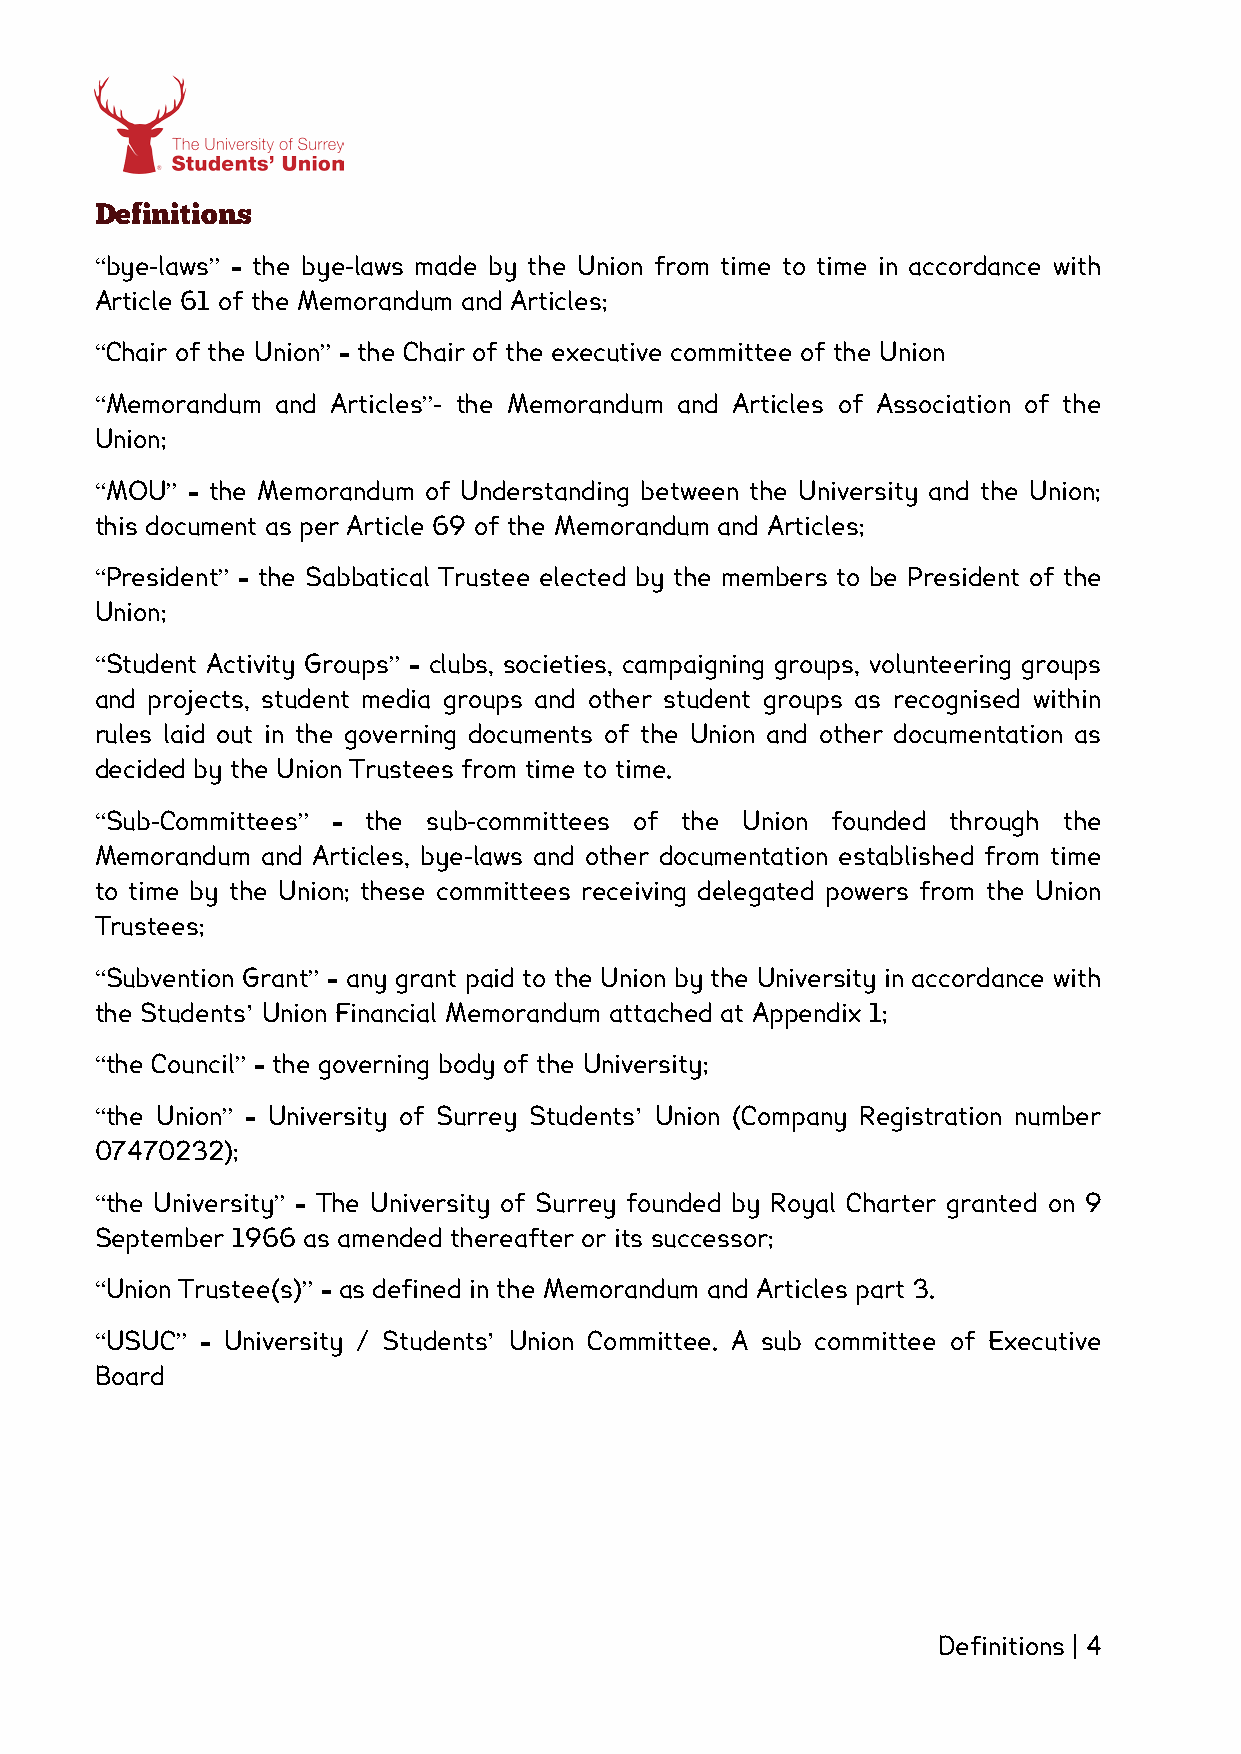
Definitions
 “bye-laws” – the bye-laws made by the Union from time to time in accordance with
 Article 61 of the Memorandum and Articles;
 “Chair of the Union” – the Chair of the executive committee of the Union
 “Memorandum and Articles”- the Memorandum and Articles of Association of the
 Union;
 “MOU” – the Memorandum of Understanding between the University and the Union;
 this document as per Article 69 of the Memorandum and Articles;
 “President” – the Sabbatical Trustee elected by the members to be President of the
 Union;
 “Student Activity Groups” – clubs, societies, campaigning groups, volunteering groups
 and projects, student media groups and other student groups as recognised within
 rules laid out in the governing documents of the Union and other documentation as
 decided by the Union Trustees from time to time.
 “Sub-Committees” – the sub-committees of the Union founded through the
 Memorandum and Articles, bye-laws and other documentation established from time
 to time by the Union; these committees receiving delegated powers from the Union
 Trustees;
 “Subvention Grant” – any grant paid to the Union by the University in accordance with
 the Students’ Union Financial Memorandum attached at Appendix 1;
 “the Council” – the governing body of the University;
 “the Union” – University of Surrey Students’ Union (Company Registration number
 07470232);
 “the University” – The University of Surrey founded by Royal Charter granted on 9
 September 1966 as amended thereafter or its successor;
 “Union Trustee(s)” – as defined in the Memorandum and Articles part 3.
 “USUC” – University / Students’ Union Committee. A sub committee of Executive
 Board
 Definitions | 4